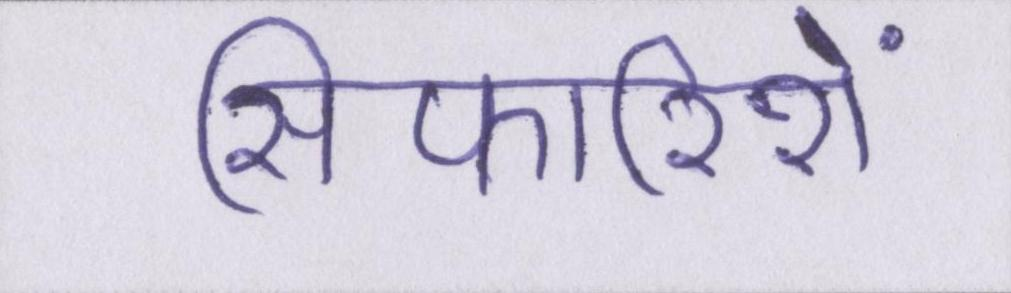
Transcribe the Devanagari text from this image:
सिफारिशें